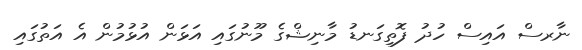
ނާރސް އައިސް ހުދު ފޮތިގަނޑު މާނިޝްގެ މޫނުގައި އަޅަން އުޅުމުން އެ އަތުގައި